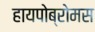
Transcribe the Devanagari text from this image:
हायपोब्रोमस